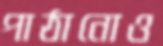
পাঠানোও